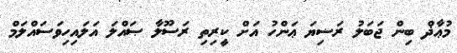
މުޢާޛް ބިން ޖަބަލު ރަޟިޔަ ޢަންހު އަށް ކީރިތި ރަސޫލާ ޞައްލަ އަލައިހިވަސައްލަމް